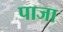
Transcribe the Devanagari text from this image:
पाजा